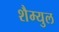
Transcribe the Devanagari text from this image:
शैम्युल